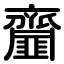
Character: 齏